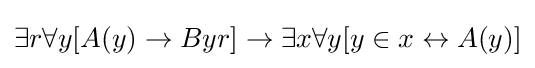
\exists r\forall y[A(y)\rightarrow Byr]\rightarrow \exists x\forall y[y\in x\leftrightarrow A(y)]